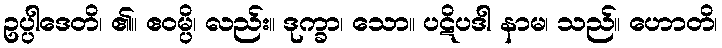
ဥပ္ပါဒေတိ၊ ၏။ ဧဝမ္ပိ၊ လည်း။ ဒုက္ခာ၊ သော။ ပဋိပဒါ နာမ၊ သည်။ ဟောတိ၊